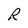
Character: R